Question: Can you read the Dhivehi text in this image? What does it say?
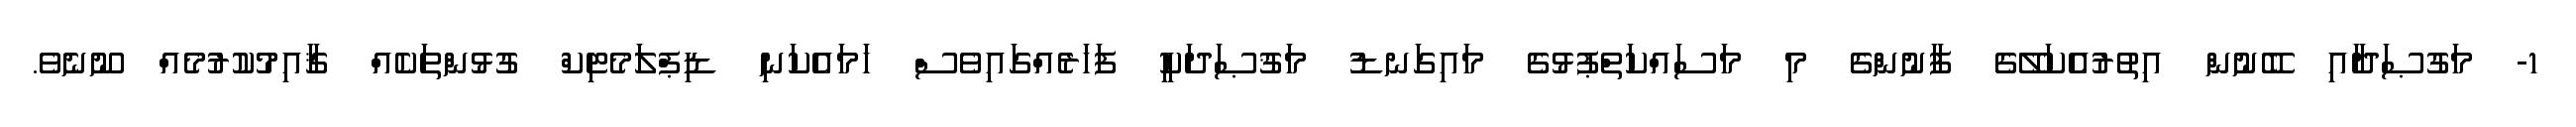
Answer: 1- މަގުޞަދާއި ބޭނުން އިތުރުއެކަލޭގެ ފާނުންގެ މި މަސައްކަތްޕުޅުގެ މައިގަނޑު މަޤުޞަދަކީ ފަހަރެއްގައިވެސް ހަމައެކަނި ޑިޕްލަމެޓިކް ގުޅުންތަކެއް ޤާއިމުކުރުމެއް ނޫނެވެ.